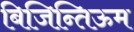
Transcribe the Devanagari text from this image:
बिजिन्तिऊम